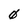
Character: 0